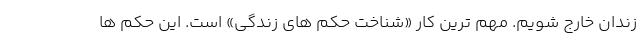
زندان خارج شویم. مهم ترین کار «شناخت حکم های زندگی» است. این حکم ها